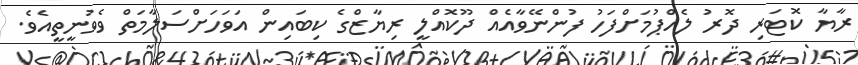
ރާޔާ ކޮޓަރި ދޮރު ލެއްޕުމަށްފަހު ފުންނޭވާއެއް ދޫކޮއްލީ ރިޔާޒްގެ ކިބައިން އަވަހަށްސަލާމަތް ވެވުނީތީއެވެ.